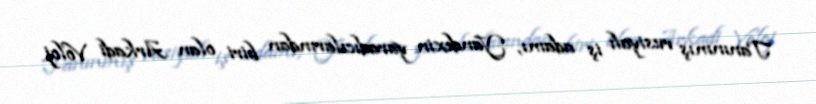
Tanınmış rusiyalı iş adamı, Yandexin yaradıcılarından biri olan Arkadi Voloj